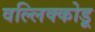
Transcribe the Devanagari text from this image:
वल्लिक्कोडू